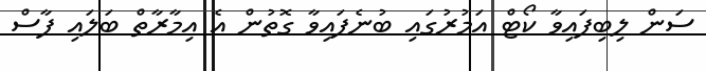
ސަން ލިބިފައިވާ ކޯޓް އަމުރުގައި ބުނެފައިވާ ގޮތުން އެ އިމާރާތް ބަލައި ފާސް